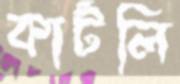
কার্টলি